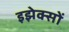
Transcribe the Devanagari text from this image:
इझेक्सों